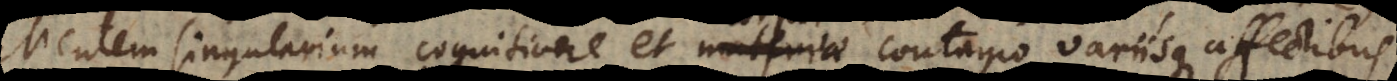
Mentem singularium cognitione et materiae contagio variisque affectibu